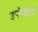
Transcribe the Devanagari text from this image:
उपरेखाओं